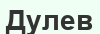
Дулев